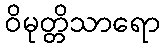
ဝိမုတ္တိသာရော